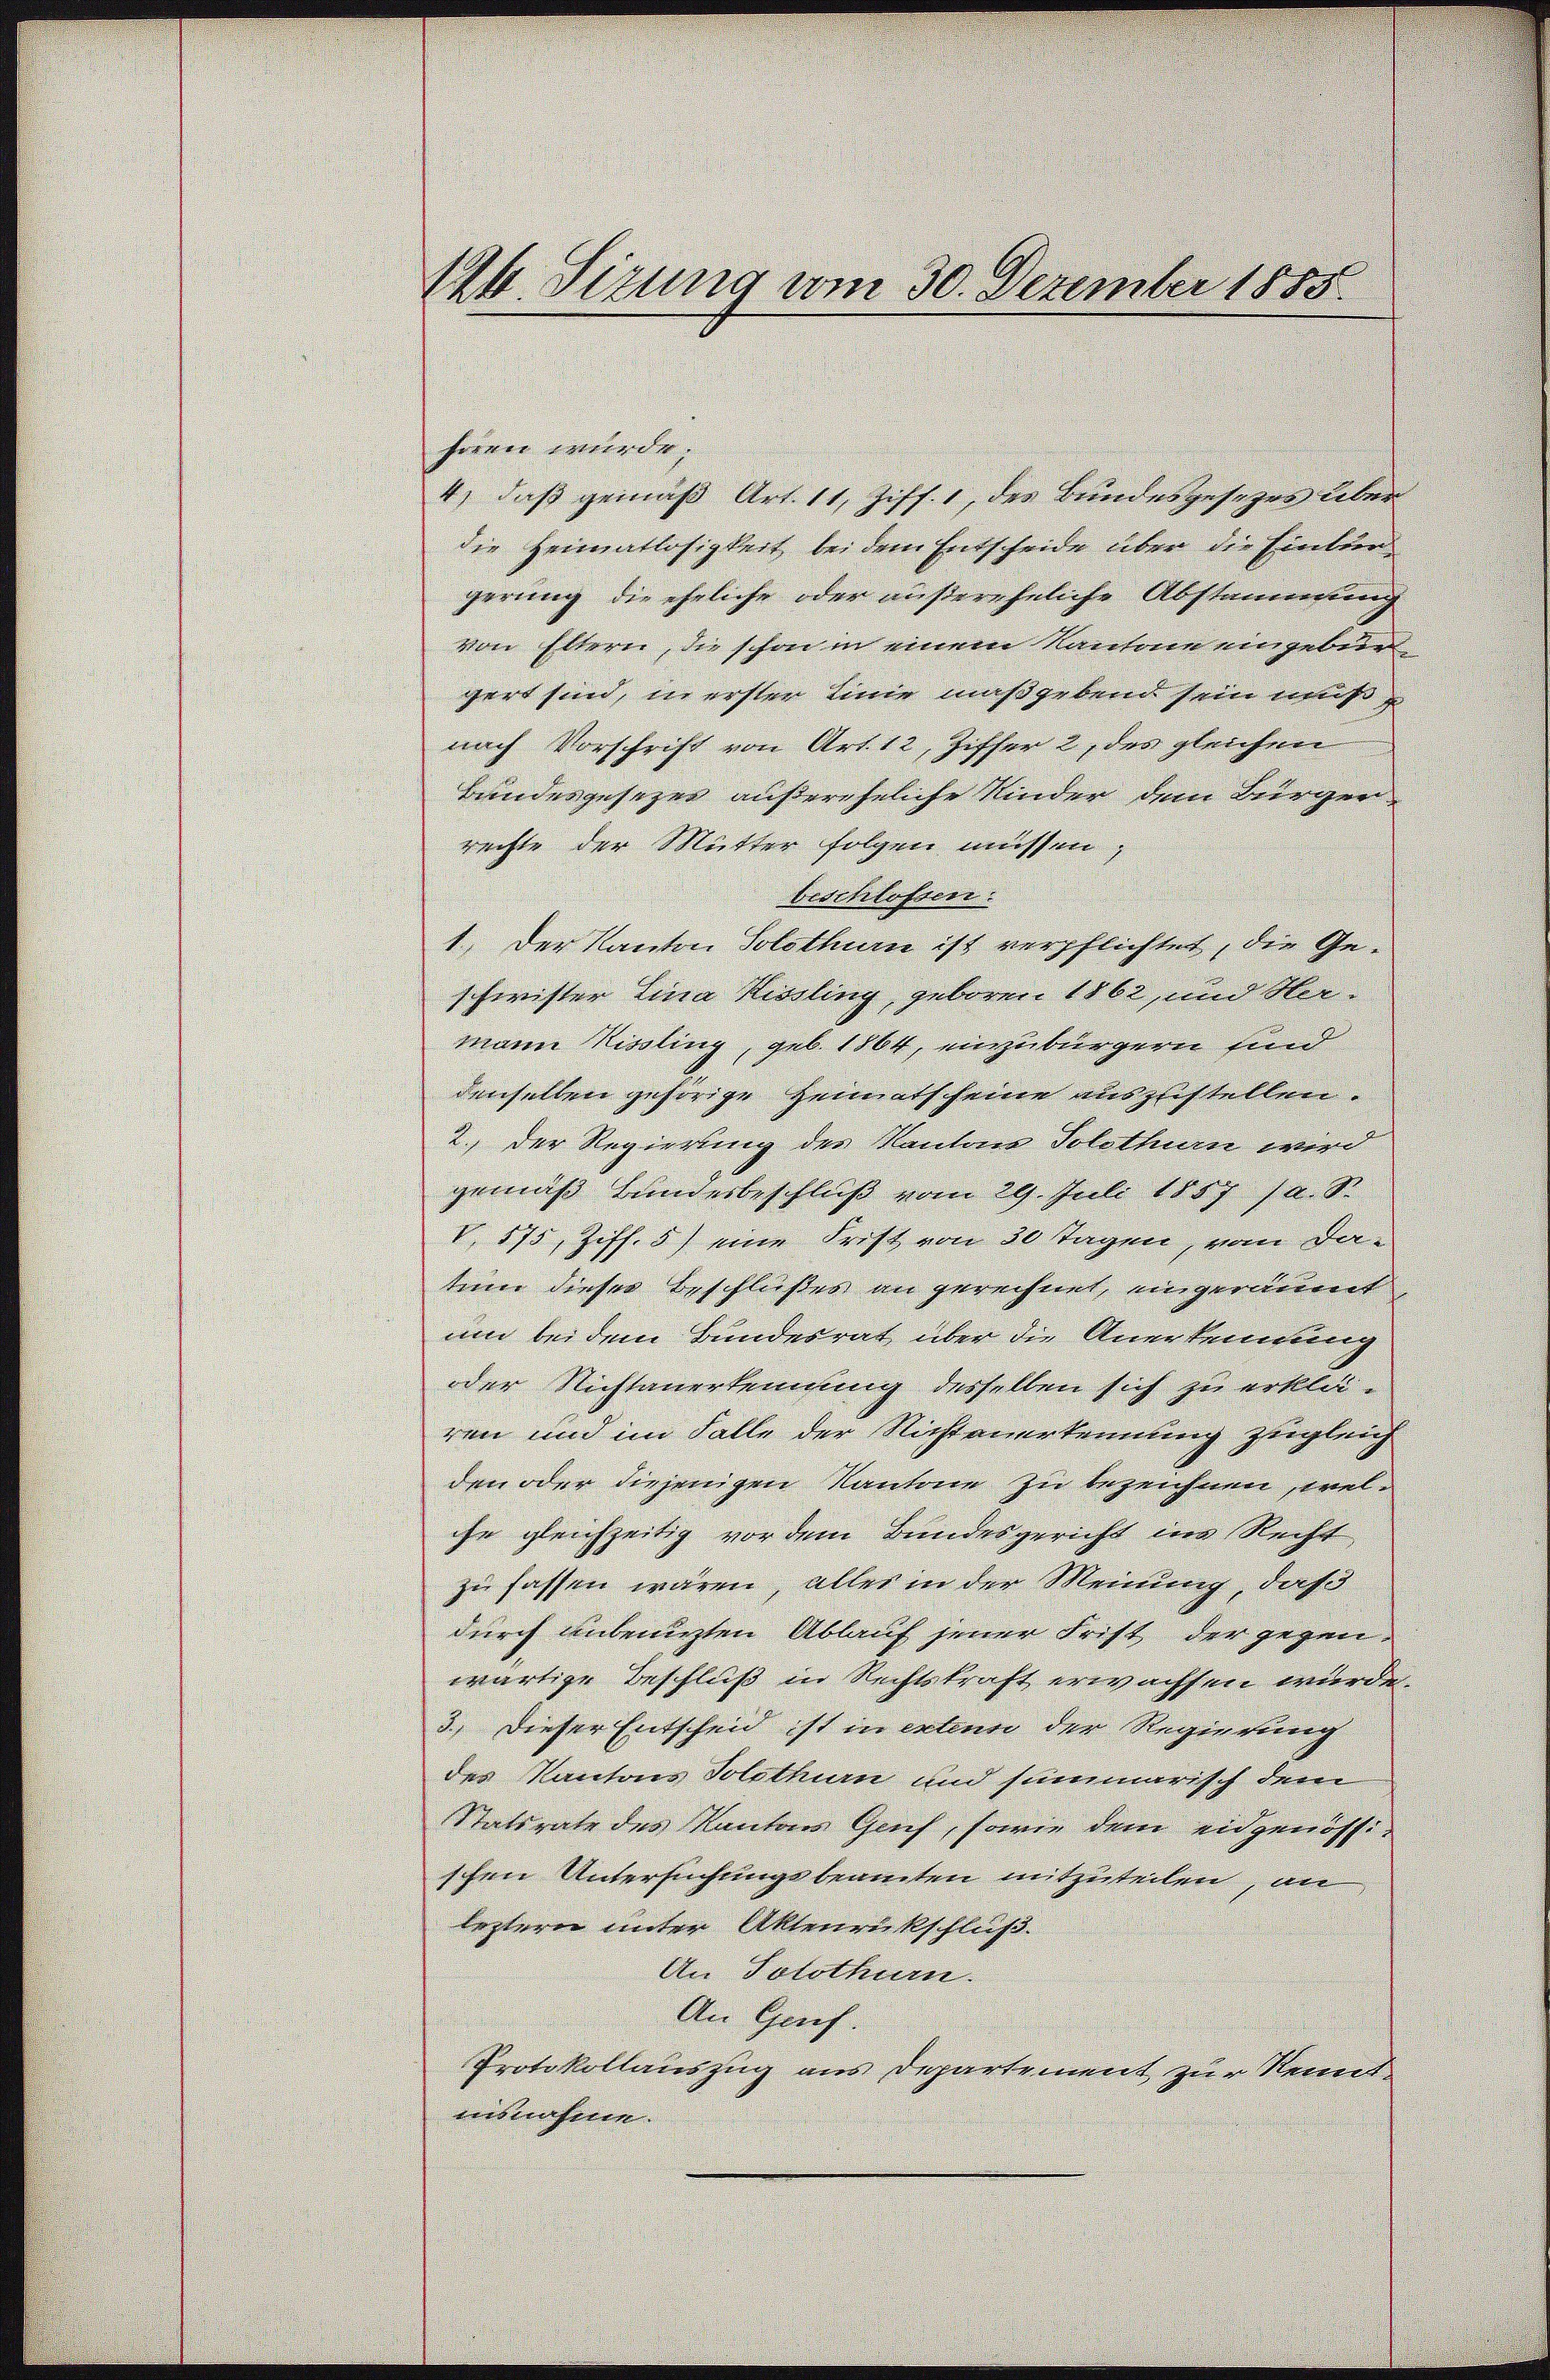
heren wurde. |
4.) Daß gemäß Art. 11, Ziff. 1, des Bundesgesezen über
die Heimatlosigkeit bei dem Entscheide über die Eintur-
gerung die ehrliche oder außereheliche Abstammung
von Eltern, die schon in einem Kantone eingebur
gert sind, in erster Linie maßgebend sein muss,
nach Vorschrift von Art. 12, Ziffer 2 des gleichen
bundesgesezen außereheliche Kinder dem Bürgen
rechte der Mutter folgen müssen,
beschlossen.
1. Der Kanton Solothurn ist verpflichtet, die Geschwister Lina Kessling geboren 1862, und Hermann Kissling, geb. 1864, einzubürgern sind
denselben gehörige Heimatscheine auszustellen.
2.) Der Regierung des Kantone Solothurn wird
gemäß Bundesbeschluß vom 29. Juli 1857 (a. S.
V 175, Ziff. 5) eine Frist von 30 Tagen, vom da-
tum dieser Beschlußes an gerechnet, ungerannt
um bei dem Bundesrat über die Anerkennung
oder Nichtanerkennung desselben sich zu erklä-
ren und im Falle der Nichtanerkennung zugleich
den oder diejenigen Kantone zu bezeichnen, welihn gleichzeitig vor dem Bundesgericht im Recht
zu fassen wären, alles in der Meinung, daß
durch unbenuzten Ablauf jener Frist der gegen
wärtige Beschluß in Rechtskraft erwachsen wurde.
3.) Dieser Entscheid ist in extenn der Regierung
des Kantons Solothurn und summarisch dem
Statsrate des Kantons Gerich, sowie dem eidgenössischen Untersuchungsbeamten mitzuteilen, an
lezterer unter Aktenrückschluß
An Solothurn.
An Grif.
Protokollauszug aus Departement zur Kennt
misnahme.

124. Sizung am 30. Dezember 1855